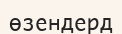
өзендерд